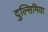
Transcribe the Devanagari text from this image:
दुल्सिमिया